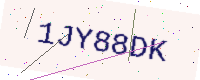
Text: 1JY88DK